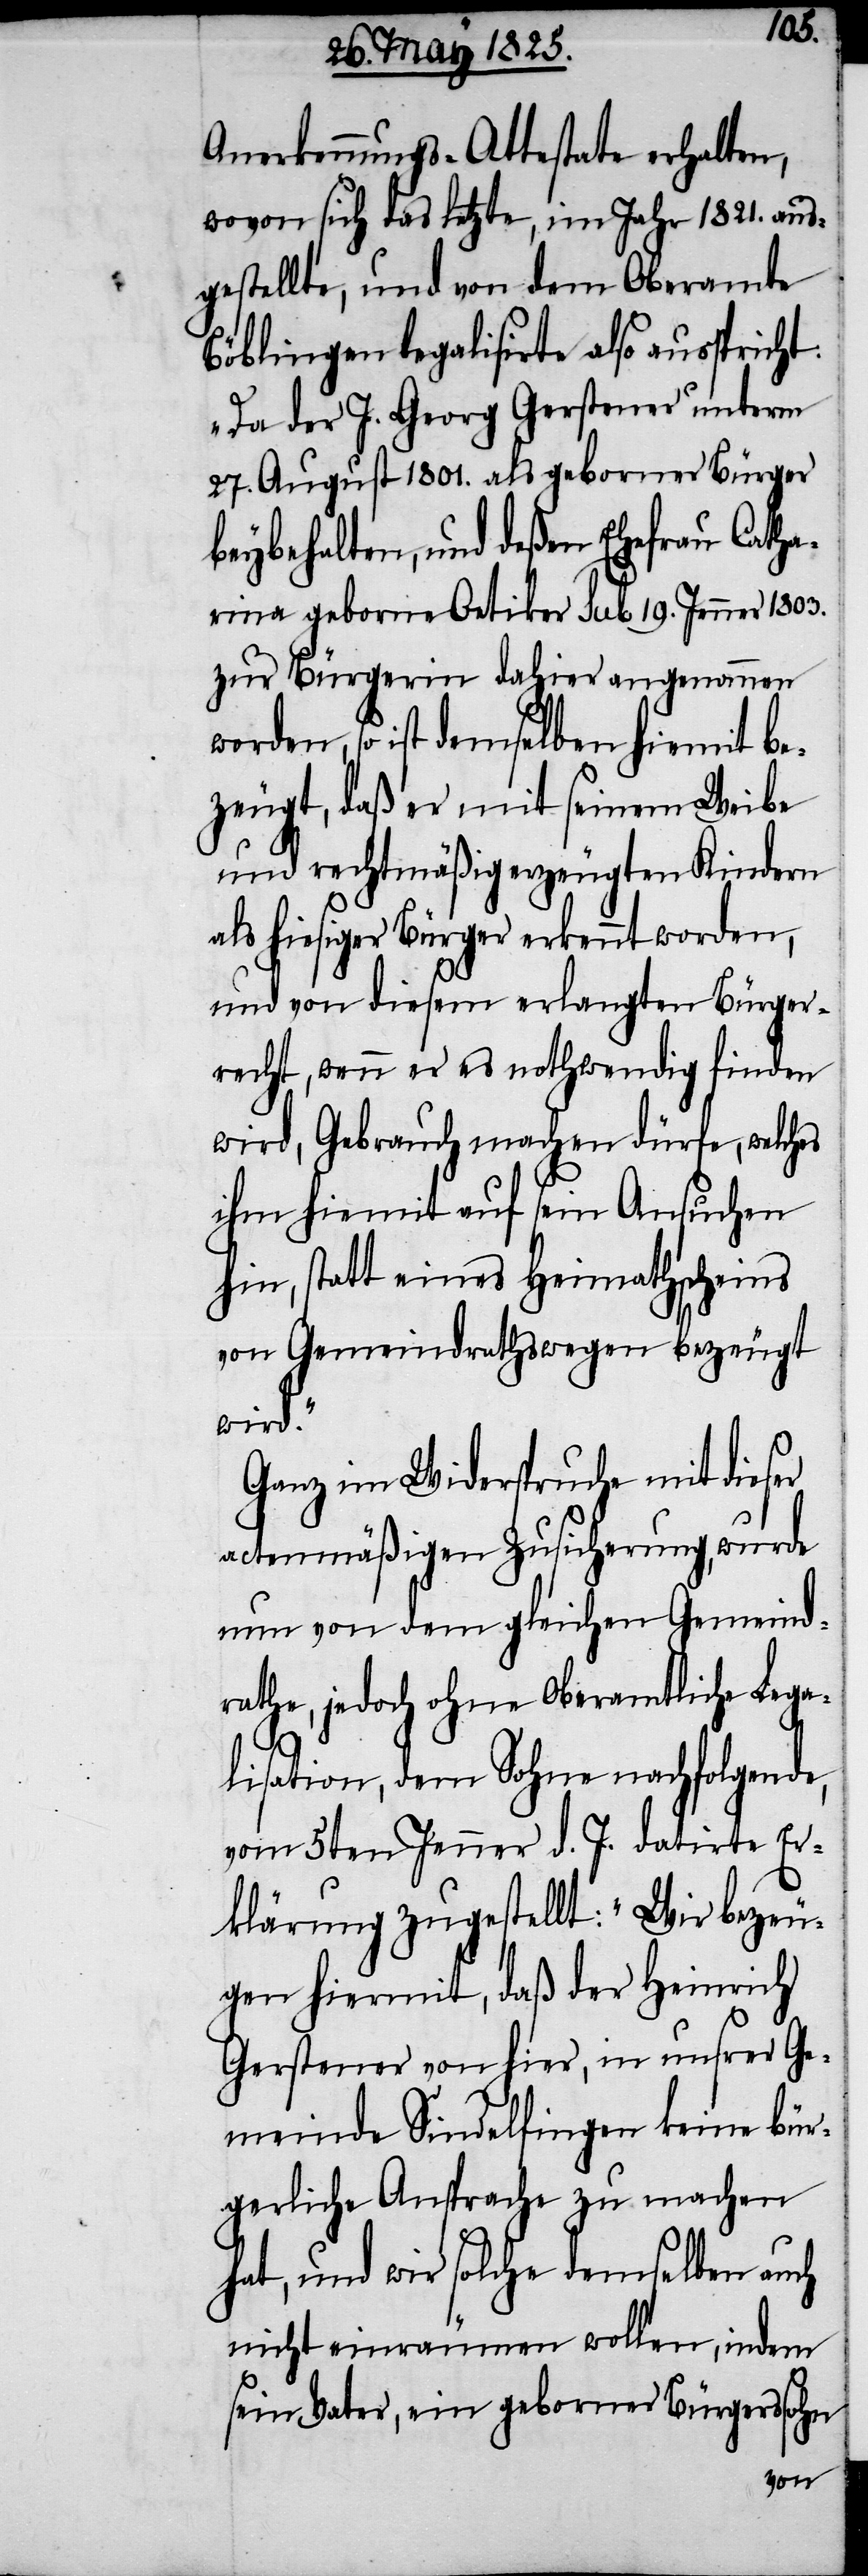
Anerkennungs-Attestate erhalten,
wovon sich das letzte, im Jahr 1821. aus¬
gestellte, und von dem Oberamte
Böblingen legalisirte also ausspricht:
„Da der J. Georg Gerstener unterm
27. August 1801. als geborner Bürger
beybehalten, und deßen Ehefrau Catha¬
rina geborne Oetiker sub 19. Jenner 1803.
zur Bürgerin dahier angenommen
en, so ist demselben hiermit be¬
zeugt, daß er mit seinem Weibe
und rechtmäßig erzeugten Kindern
als hiesiger Bürger erkennt worden,
und von diesem erlangten Bürger¬
recht, wenn er es nothwendig finden
wird, Gebrauch machen dürfe, welches
ihm hiermit auf sein Ansuch
hin, statt eines Heimathscheines
von Gemeindraths wegen bezeugt
wird.“
Ganz im Widerspruch mit dieser
actenmäßigen Zusicherung, wurde
nun von dem gleichen Gemeind¬
rathe, jedoch ohne oberamtliche Lega¬
lisation, dem Sohne nachfolgende,
vom 5ten Jenner d. J. datirte Er¬
klärung zugestellt: „Wir bezeu¬
gen hiermit, daß der Heinrich
Gerstener von hier, in unserer Ge¬
meinde Sindelfingen keine bür¬
gerliche Ansprache zu machen
hat, und wir solche demselben auch
nicht einräumen wollen, indem
sein Vater, ein geborner Bürgerssohn